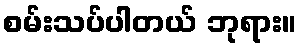
စမ်းသပ်ပါတယ် ဘုရား။